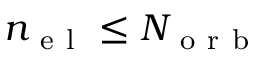
{ n _ { \mathrm { ~ e ~ l ~ } } } \leq N _ { \mathrm { ~ o ~ r ~ b ~ } }